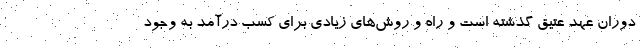
دوران عهد عتیق گذشته است و راه و روش‌های زیادی برای کسب درآمد به وجود